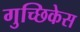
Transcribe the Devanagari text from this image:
गुच्छिकेस